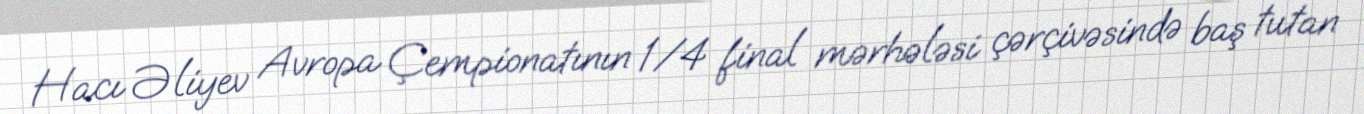
Hacı Əliyev Avropa Çempionatının 1/4 final mərhələsi çərçivəsində baş tutan